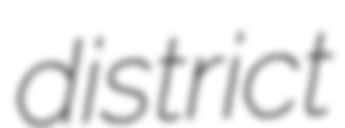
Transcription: district